Senior Leaving Certificate Examination (including Day School Certificate (Higher) General paper), 1950
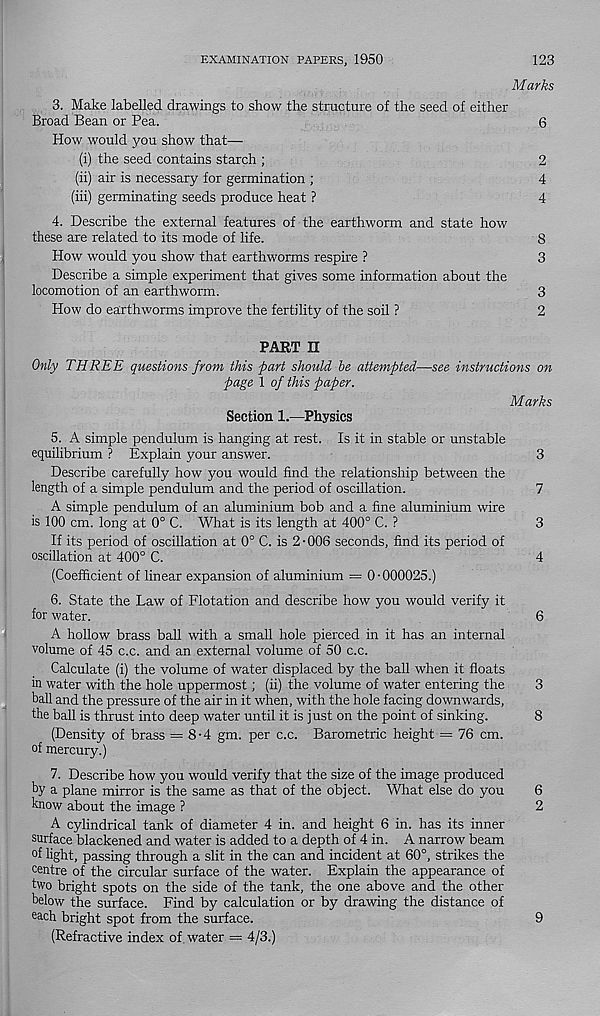
EXAMINATION PAPERS, 1950
123
Marks
3. Make labelled drawings to show the structure of the seed of either
Broad Bean or Pea.
6
How would you show that—
(i) the seed contains starch ;
2
(ii) air is necessary for germination ;
4
(iii) germinating seeds produce heat ?
4
4. Describe the external features of the earthworm and state how
these are related to its mode of life.
8
How would you show that earthworms respire ?
3
Describe a simple experiment that gives some information about the
locomotion of an earthworm.
3
How do earthworms improve the fertility of the soil ?
2
PART n
Only THREE questions from this part should be attempted—see instructions on
page 1 of this paper.
Marks
Section 1.—Physics
5. A simple pendulum is hanging at rest. Is it in stable or unstable
equilibrium ? Explain your answer.
3
Describe carefully how you would find the relationship between the
length of a simple pendulum and the period of oscillation.
7
A simple pendulum of an aluminium bob and a fine aluminium wire
is 100 cm. long at 0° C. What is its length at 400° C. ?
3
If its period of oscillation at 0° C. is 2 • 006 seconds, find its period of
oscillation at 400° C.
4
(Coefficient of linear expansion of aluminium = 0-000025.)
6. State the Law of Flotation and describe how you would verify it
for water.
6
A hollow brass ball with a small hole pierced in it has an internal
volume of 45 c.c. and an external volume of 50 c.c.
Calculate (i) the volume of water displaced by the ball when it floats
in water with the hole uppermost; (ii) the volume of water entering the
3
ball and the pressure of the air in it when, with the hole facing downwards,
the ball is thrust into deep water until it is just on the point of sinking.
8
(Density of brass = 8-4 gm. per c.c. Barometric height = 76 cm.
of mercury.)
7. Describe how you would verify that the size of the image produced
by a plane mirror is the same as that of the object. What else do you
6
know about the image ?
2
A cylindrical tank of diameter 4 in. and height 6 in. has its inner
surface blackened and water is added to a depth of 4 in. A narrow beam
°f light, passing through a slit in the can and incident at 60°, strikes the
centre of the circular surface of the water. Explain the appearance of
two bright spots on the side of the tank, the one above and the other
below the surface. Find by calculation or by drawing the distance of
each bright spot from the surface.
(Refractive index of water = 4/3.)
9